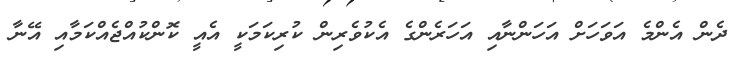
ދެން އެންމެ އަވަހަށް އަހަންނާއި އަހަރެންގެ އެކުވެރިން ކުރިކަމަކީ އެއީ ކޮންކުއްޖެއްކަމާއި އޭނާ